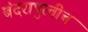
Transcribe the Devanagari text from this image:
बंदरापुरतीच